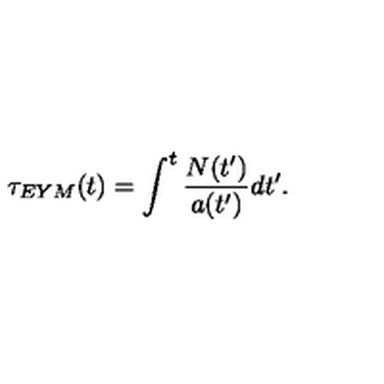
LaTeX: \tau _ { E Y M } ( t ) = \int ^ { t } \frac { N ( t ^ { \prime } ) } { a ( t ^ { \prime } ) } d t ^ { \prime } .